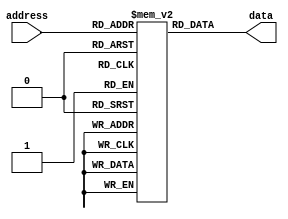
module flash_rom (
    input wire [9:0] address,
    output reg [7:0] data
);

reg [7:0] memory [0:1023];

always @(*) begin
    data = memory[address];
end

endmodule